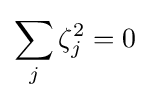
\sum _{j}\zeta _{j}^{2}=0